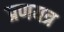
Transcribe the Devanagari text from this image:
प्रणयत्र